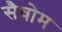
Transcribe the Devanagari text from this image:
सैवोम